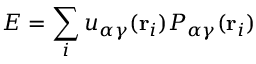
E = \sum _ { i } u _ { \alpha \gamma } ( { \bf r } _ { i } ) P _ { \alpha \gamma } ( { \bf r } _ { i } )